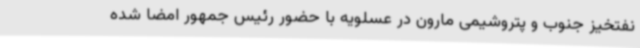
نفتخیز جنوب و پتروشیمی مارون در عسلویه با حضور رئیس جمهور امضا شده